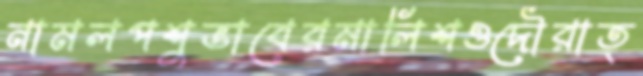
নামলপশুভাবেরমালিশওদৌরাত্